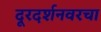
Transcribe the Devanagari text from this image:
दूरदर्शनवरचा